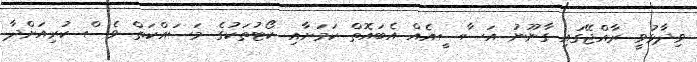
ވިދާޅުވީ ރާއްޖޭގައި ގާނޫނު އަސާސީއެއް އެބައޮތް ކަމަށާއި ކޯޓުތަކުގެ މަސައްކަތް ވެސް ކުރިއަށްދާ